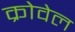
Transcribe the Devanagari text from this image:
क्रोवेल